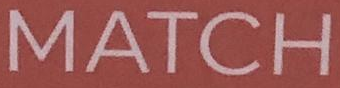
MATCH